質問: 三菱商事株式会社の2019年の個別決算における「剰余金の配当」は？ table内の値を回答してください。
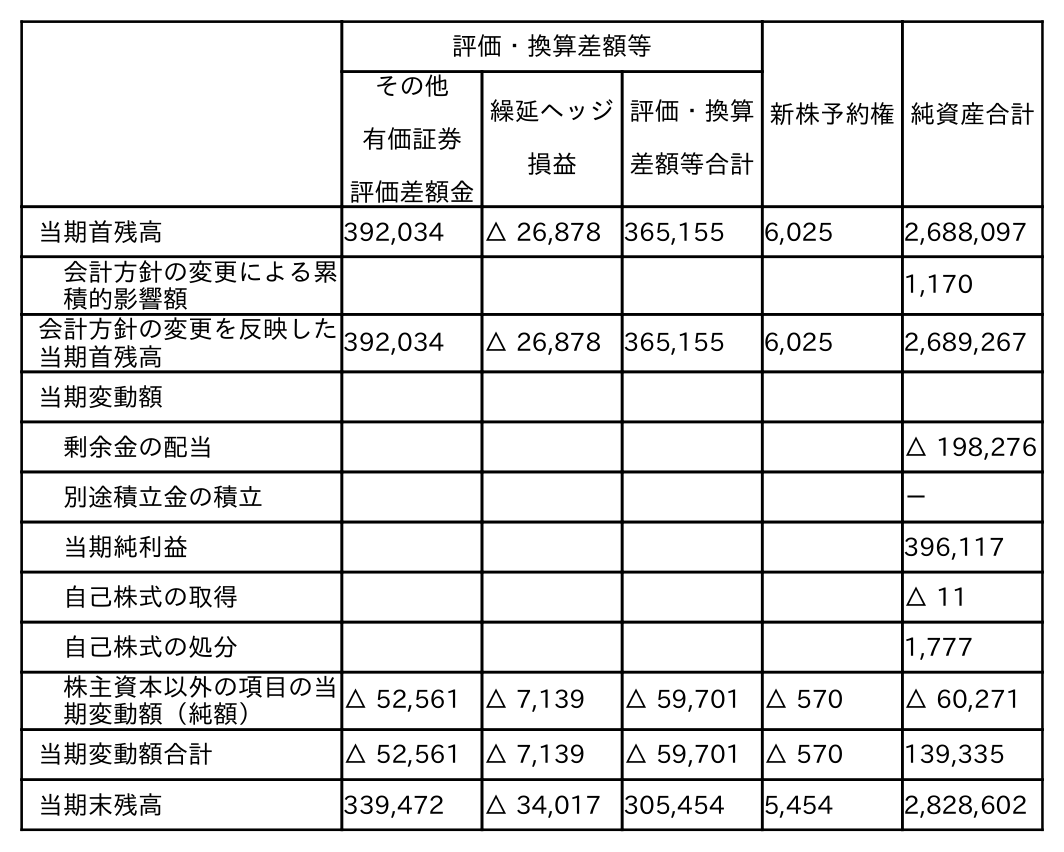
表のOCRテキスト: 評価・換算差額等 新株予約権純資産合計 その他 有価証券 評価差額金 繰延ヘッジ 損益 評価・換算 差額等合計 当期首残高 392,034 △ 26,878 365,155 6,025 2,688,097 会計方針の変更による累 積的影響額 1,170 会計方針の変更を反映した 当期首残高 392,034 △ 26,878 365,155 6,025 2,689,267 当期変動額 剰余金の配当 △ 198,276 別途積立金の積立 － 当期純利益 396,117 自己株式の取得 △ 11 自己株式の処分 1,777 株主資本以外の項目の当 期変動額（純額） △ 52,561 △ 7,139 △ 59,701 △ 570 △ 60,271 当期変動額合計 △ 52,561 △ 7,139 △ 59,701 △ 570 139,335 当期末残高 339,472 △ 34,017 305,454 5,454 2,828,602
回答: △198,276